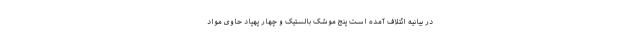
در بیانیه ائتلاف آمده است پنج موشک بالستیک و چهار پهپاد حاوی مواد